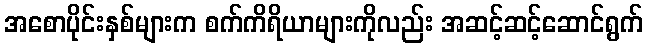
အစောပိုင်းနှစ်များက စက်ကိရိယာများကိုလည်း အဆင့်ဆင့်ဆောင်ရွက်